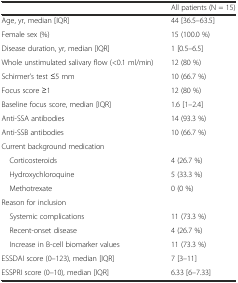
<table><thead><tr><td></td><td><b>All patients (N = 15)</b></td></tr></thead><tbody><tr><td>Age, yr, median [IQR]</td><td>44 [36.5–63.5]</td></tr><tr><td>Female sex (%)</td><td>15 (100.0 %)</td></tr><tr><td>Disease duration, yr, median [IQR]</td><td>1 [0.5–6.5]</td></tr><tr><td>Whole unstimulated salivary flow (&lt;0.1 ml/min)</td><td>12 (80 %)</td></tr><tr><td>Schirmer’s test ≤5 mm</td><td>10 (66.7 %)</td></tr><tr><td>Focus score ≥1</td><td>12 (80 %)</td></tr><tr><td>Baseline focus score, median [IQR]</td><td>1.6 [1–2.4]</td></tr><tr><td>Anti-SSA antibodies</td><td>14 (93.3 %)</td></tr><tr><td>Anti-SSB antibodies</td><td>10 (66.7 %)</td></tr><tr><td>Current background medication</td><td></td></tr><tr><td> Corticosteroids</td><td>4 (26.7 %)</td></tr><tr><td> Hydroxychloroquine</td><td>5 (33.3 %)</td></tr><tr><td> Methotrexate</td><td>0 (0 %)</td></tr><tr><td>Reason for inclusion</td><td></td></tr><tr><td> Systemic complications</td><td>11 (73.3 %)</td></tr><tr><td> Recent-onset disease</td><td>4 (26.7 %)</td></tr><tr><td> Increase in B-cell biomarker values</td><td>11 (73.3 %)</td></tr><tr><td>ESSDAI score (0–123), median [IQR]</td><td>7 [3–11]</td></tr><tr><td>ESSPRI score (0–10), median [IQR]</td><td>6.33 [6–7.33]</td></tr></tbody></table>